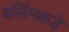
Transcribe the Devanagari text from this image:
बर्लिनकडे